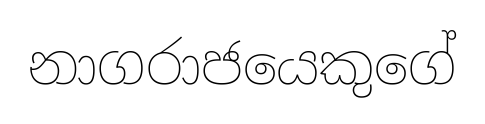
නාගරාජයෙකුගේ